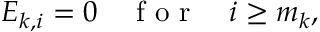
E _ { k , i } = 0 ~ ~ ~ \mathrm { ~ f ~ o ~ r ~ } ~ ~ ~ i \geq m _ { k } ,